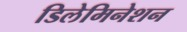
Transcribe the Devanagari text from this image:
डिलेमिनेशन